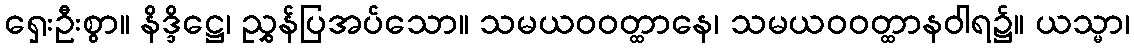
ရှေးဦးစွာ။ နိဒ္ဒိဋ္ဌေ၊ ညွှန်ပြအပ်သော။ သမယဝဝတ္ထာနေ၊ သမယဝဝတ္ထာနဝါရ၌။ ယသ္မာ၊